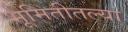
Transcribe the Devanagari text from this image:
भूमितीतल्या